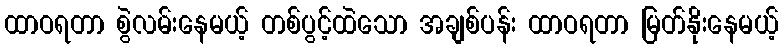
ထာဝရတာ စွဲလမ်းနေမယ့် တစ်ပွင့်ထဲသော အချစ်ပန်း ထာဝရတာ မြတ်နိုးနေမယ့်